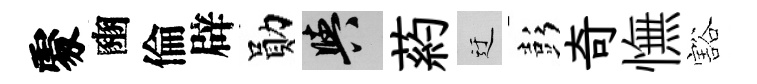
𠁅豳倫辟勛阳葯迂彭奇憮豁